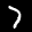
Label: 7